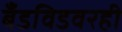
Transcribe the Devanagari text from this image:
बँडविडवरही